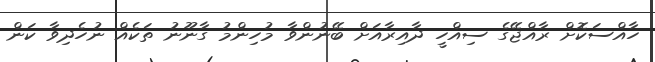
ހާއްސަކޮށް ރާއްޖޭގެ ސިއްހީ ދާއިރާއަށް ބޭނުންވާ މުހިންމު ގާނޫނު ތަކެއް ނުހެދިވާ ކަން